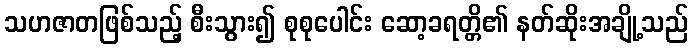
သဟဇာတဖြစ်သည့် စီးသွား၍ စုစုပေါင်း ဆော့ခရတ္တိ၏ နတ်ဆိုးအချို့သည်